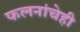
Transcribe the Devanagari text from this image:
फलनांचेही